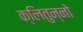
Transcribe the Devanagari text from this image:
क्लितुन्नो